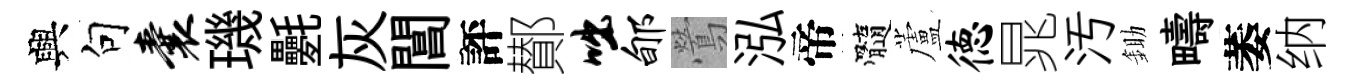
興句囊璣氎灰閶評鄼咄郇鶯泓帝髓蘆德晁汚鋤疇萎纳